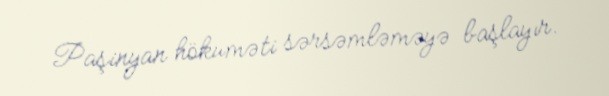
Paşinyan hökuməti sərsəmləməyə başlayır.